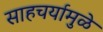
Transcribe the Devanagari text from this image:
साहचर्यामुळे